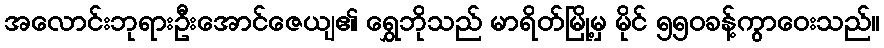
အလောင်းဘုရားဦးအောင်ဇေယျ၏ ရွှေဘိုသည် မာရိတ်မြို့မှ မိုင် ၅၅၀ခန့်ကွာဝေးသည်။